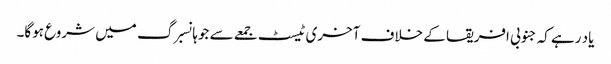
یاد رہے کہ جنوبی افریقا کے خلاف آخری ٹیسٹ جمعے سے جوہانسبرگ میں شروع ہوگا۔